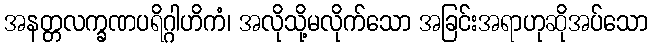
အနတ္တလက္ခဏပရိဂ္ဂါဟိကံ၊ အလိုသို့မလိုက်သော အခြင်းအရာဟုဆိုအပ်သော